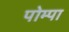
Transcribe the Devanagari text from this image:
पोम्पा